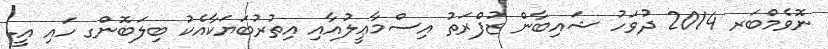
ނޮވެމްބަރ 2014 ދުވަހު ޝައިބާން ޒުފްރަތު އިސްމާޢީލުއާއި އިތުރުބަޔަކާއެކު ބިލަބޮންގ ހައި އީ.